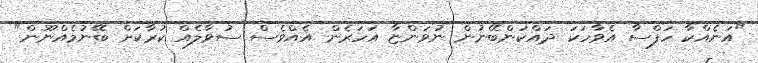
"އަނެއްކާ ހަފްސާ އެވާހަކަ ދައްކަންބޭނުން ނުވަންޏާ އަހަރެން އެއްވެސް ސުވާލެއް ކުރާކަށް ބޭނުމެއްނޫން"